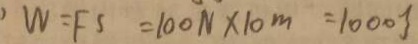
W = F S = 1 0 0 N \times 1 0 m = 1 0 0 0 J